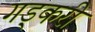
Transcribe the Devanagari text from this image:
गड्करी